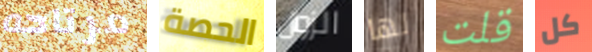
مرتاحه الحصة الزوال لها قلت كل